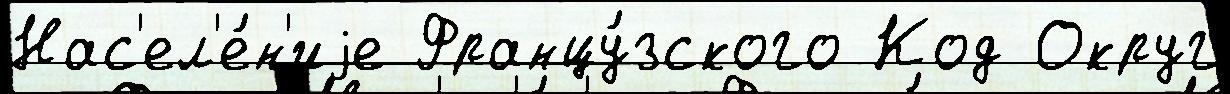
Нас'ел'е́н'иjе Францу́зского Код Округ